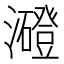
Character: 𤃶